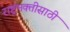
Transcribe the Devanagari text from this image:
राष्ट्रभक्तीसाठी